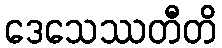
ဒေသေဿတီတိ